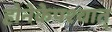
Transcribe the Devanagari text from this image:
होनेकेपश्चात्